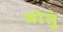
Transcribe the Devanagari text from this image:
श्रोतुं